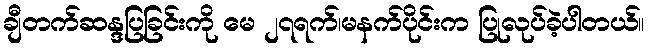
ချီတက်ဆန္ဒပြခြင်းကို မေ ၂၇ရက်၊မနက်ပိုင်းက ပြုလုပ်ခဲ့ပါတယ်။